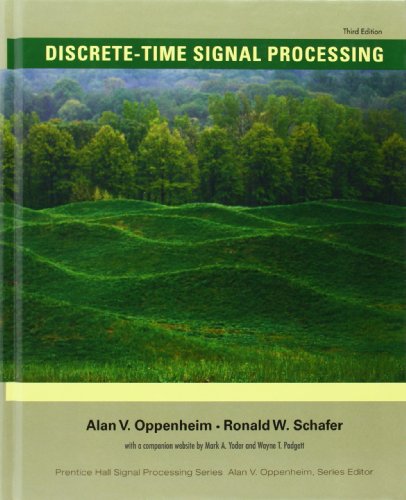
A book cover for Discrete-Time Signal Processing (3rd Edition) (Prentice-Hall Signal Processing Series); Alan V. Oppenheim; Engineering & Transportation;